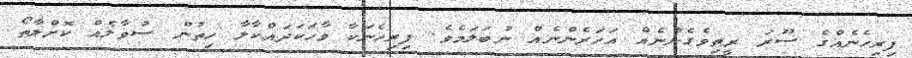
ފިރިހެނެއްގެ ސޫރަ ރީތިވެގެންނެއް އަހަރެންނެއް ނުބަލަމެވެ. ފިރިހެނަކާ ވާހަކަދައްކާލާ ހިތުން ސުވާލެއް ކޮށްލާތޯ